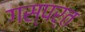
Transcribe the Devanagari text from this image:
गस्पर्त